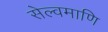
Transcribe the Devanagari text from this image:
सेल्वमाणि